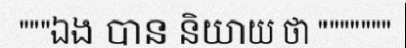
"""ឯង បាន និយាយ ថា """""""